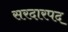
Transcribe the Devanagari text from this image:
सरदारपद